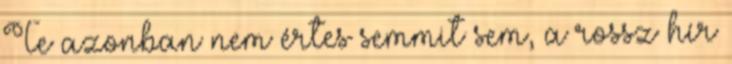
Te azonban nem értes semmit sem, a rossz hír